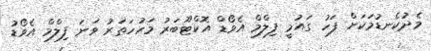
މެދުކެނޑުމަކަށް ފަހު ގައުމީ ފިލްމް އެވޯޑް އޮކްޓޫބަރު މަހުހަތަރު ވަނަ ފިލްމް އެވޯޑު